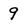
Character: 9